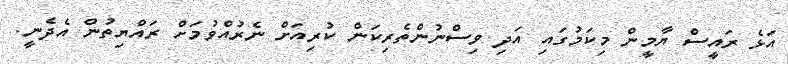
އަޅެ ރައީސް ޔާމީން މިކަމުގައި އަދި ވިސްނުންތެރިކަން ކުރިއަށް ނެރުއްވުމަށް ރައްޔިތުން އެދެނީ.